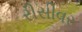
રીસીવર